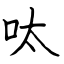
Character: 呔